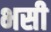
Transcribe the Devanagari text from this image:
भसी